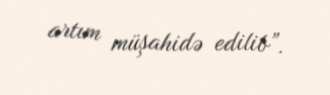
artım müşahidə edilib”.